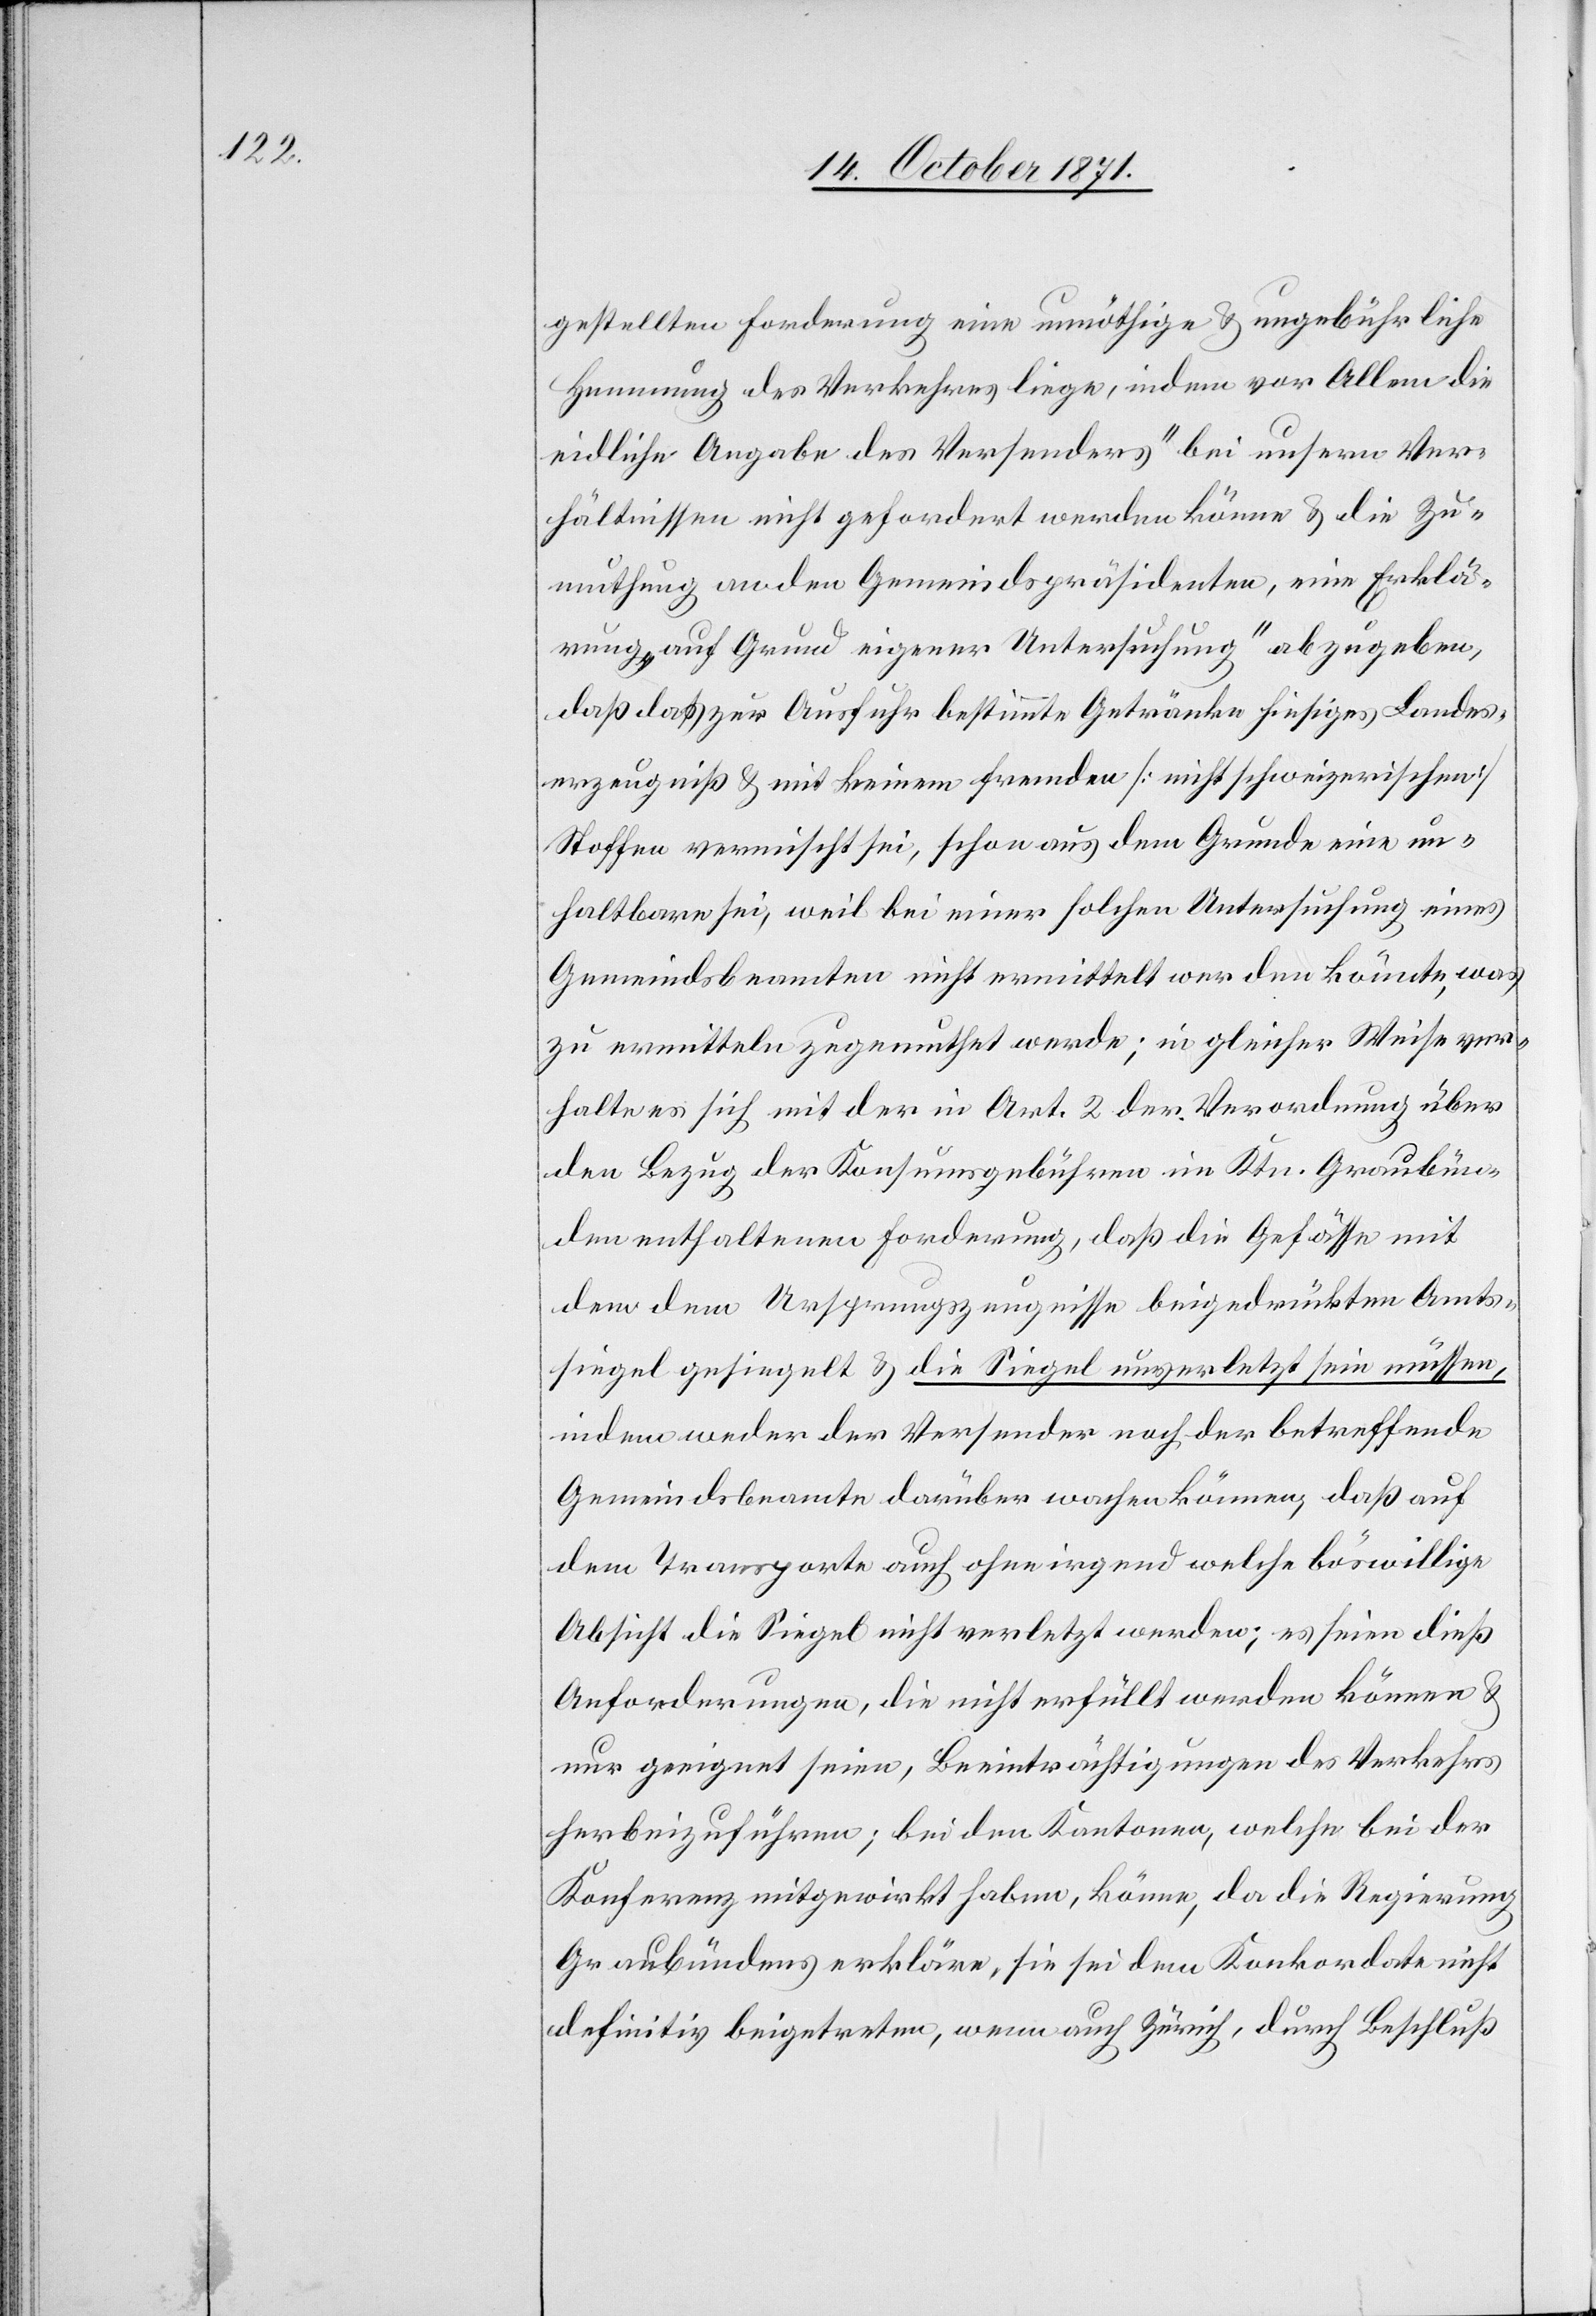
gestellten Forderung eine unnöthige & ungebührliche
Hemmung des Verkehrs liege, indem vor Allem die
eidliche Angabe des Versenders „bei unserm Ver¬
hältnisse nicht gefordert werden könne & die Zu¬
muthung an den Gemeindspräsidenten, eine Erklä¬
rung auf Grund eigener Untersuchung“ abzugeben,
das] zur Ausfuhr bestimmte Getränke hiesiges Landes¬
erzeugniß & mit keinem fremden [nicht schweizerischen]
Stoffe vermischt sei, schon aus dem Grunde eine un¬
haltbare sei, weil bei einer solchen Untersuchung eines
Gemeindsbeamten nicht ermittelt werden könnte, was
zu ermitteln zugemuthet werde; in gleicher Weise ver¬
halte es sich mit der in Art. 2 der Verordnung über
den Bezug der Konsumsgebühren im Ktn. Graubün¬
den enthaltenen Forderung, daß die Gefässe mit
dem dem Ursprungszeugnisse beigedruckten Amts¬
siegel gesiegelt & die Siegel unverletzt sein müssen,
indem weder der Versender noch der betreffende
Gemeindsbeamte darüber wachen könne, daß auf
dem Transporte auch ohne irgend welche böswillige
Absicht die Siegel nicht verletzt werden; es seien dieß
Anforderungen, die nicht erfüllt werden können &
nur geeignet seien, Beeinträchtigungen des Verkehrs
herbeizuführen; bei den Kantonen, welche bei der
Konferenz mitgewirkt haben, könne, da die Regierung
Graubündens erkläre, sie sei dem Konkordate nicht
definitiv beigetreten, wenn auch Zürich, durch Beschluß